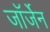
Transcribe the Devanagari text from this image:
जॉर्जेन